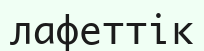
лафеттік